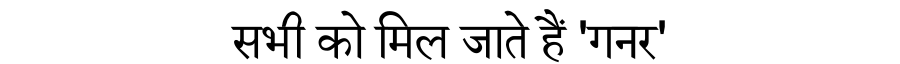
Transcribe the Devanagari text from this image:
सभी को मिल जाते हैं 'गनर'